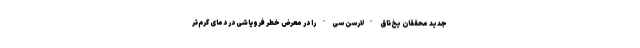
جدید محققان یخ‌تاق "لارسن سی" را در معرض خطر فروپاشی در دمای گرم‌تر